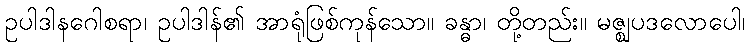
ဥပါဒါနဂေါစရာ၊ ဥပါဒါန်၏ အာရုံဖြစ်ကုန်သော။ ခန္ဓာ၊ တို့တည်း။ မဇ္ဈပဒလောပေါ၊